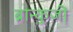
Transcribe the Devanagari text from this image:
ब्रान्कुजी़